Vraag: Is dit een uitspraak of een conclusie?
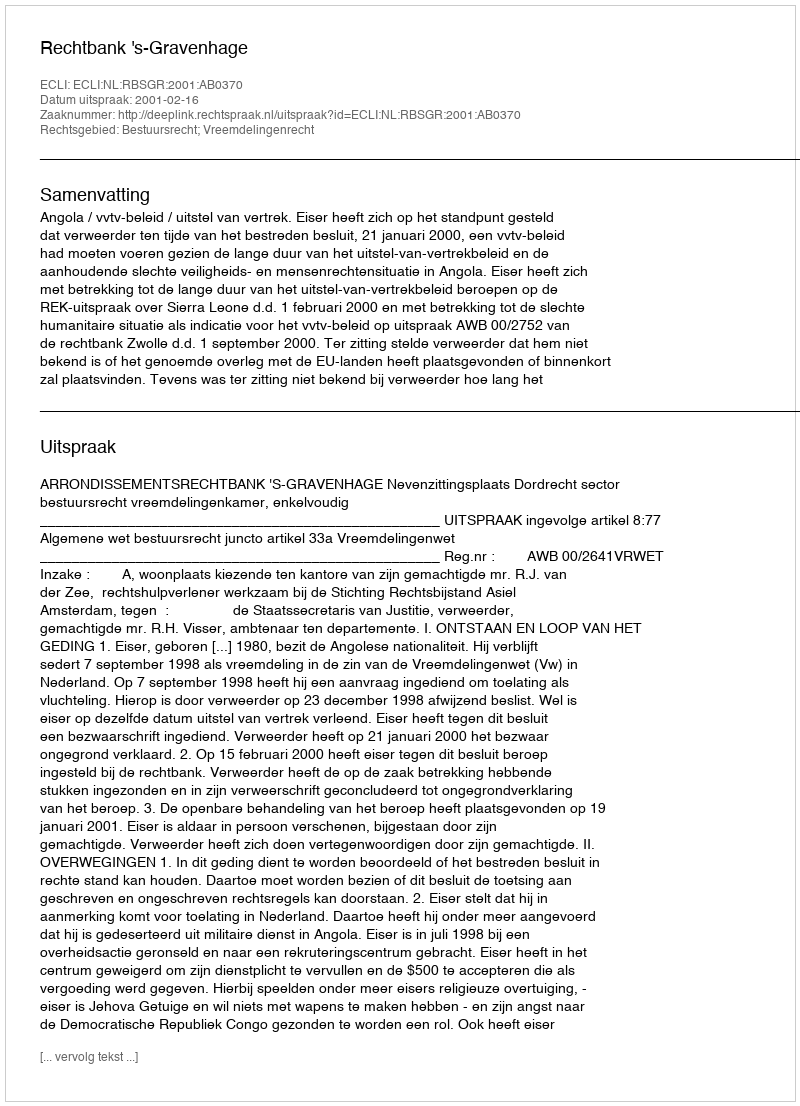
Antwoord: Uitspraak